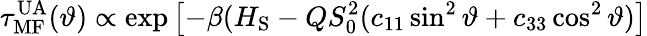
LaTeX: \tau_{\mathrm{MF}}^{\mathrm{UA}}(\vartheta)\propto\exp\left[-\beta(H_{\mathrm{S}}-QS_{0}^{2}(c_{11}\sin^{2}\vartheta+c_{33}\cos^{2}\vartheta)\right]